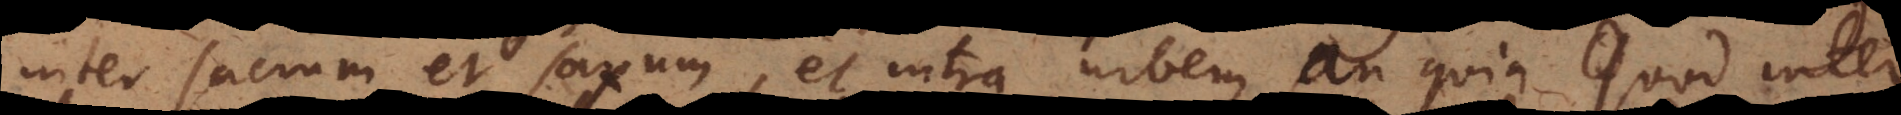
inter sacrum et saxum, et intra urbem, an quia quod inter